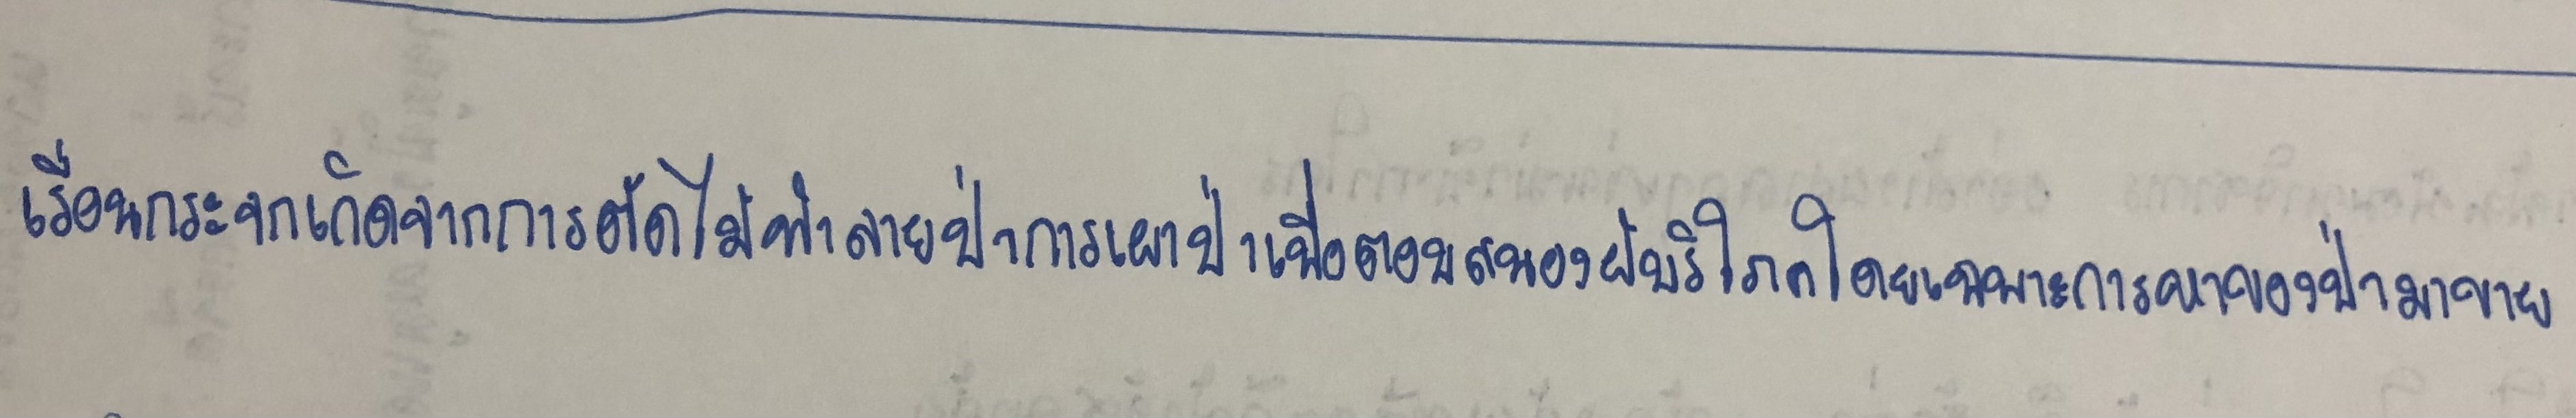
เรือนกระจกเกิดจากการตัดไม้ทำลายป่าการเผาป่าเพื่อตอบสนองผู้บริโภคโดยเฉพาะการหาของป่ามาขาย